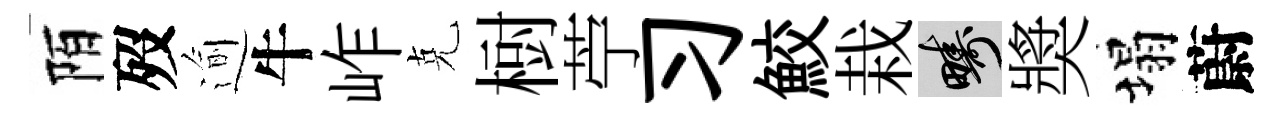
陌歿逾牛岞克𣗳苧习鮫栽疇奬塌蔚